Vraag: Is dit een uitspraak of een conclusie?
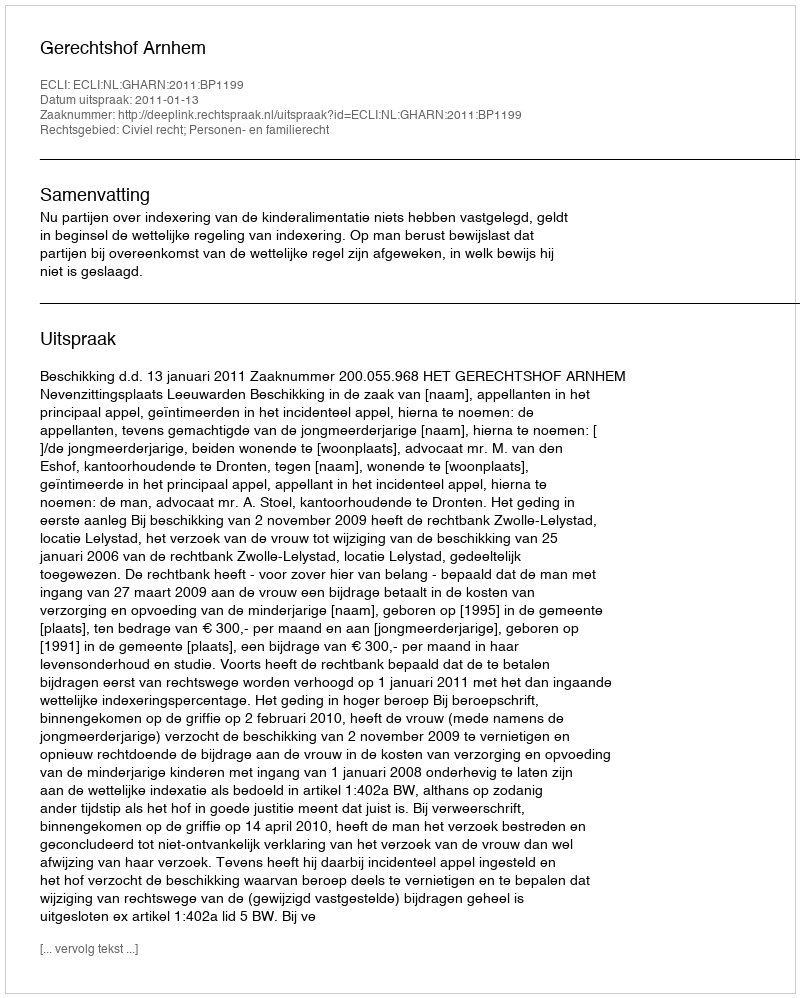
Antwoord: Uitspraak